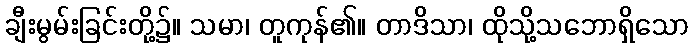
ချီးမွမ်းခြင်းတို့၌။ သမာ၊ တူကုန်၏။ တာဒိသာ၊ ထိုသို့သဘောရှိသော